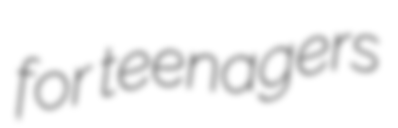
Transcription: for teenagers